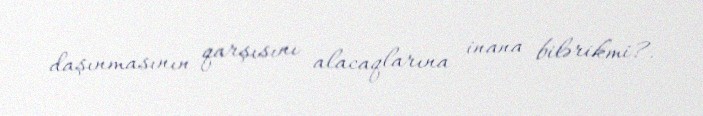
daşınmasının qarşısını alacaqlarına inana bilərikmi?.